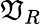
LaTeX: \mathfrak{V}_{R}